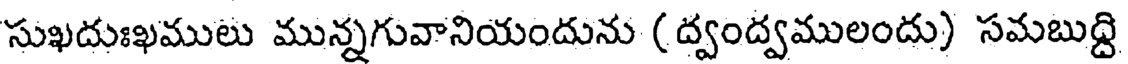
సుఖదుఃఖములు మున్నగువానియందును (ద్వంద్వములందు) సమబుద్ది